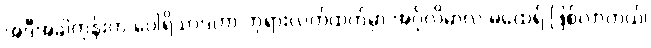
အဲဒီအခါတုန်းက ပေါရိသာဒဟာ ဘုရားလက်ထက်မှာ အင်္ဂုလိမာလ မထေရ် ဖြစ်လာတယ်၊